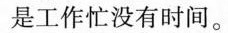
是工作忙没有时间。